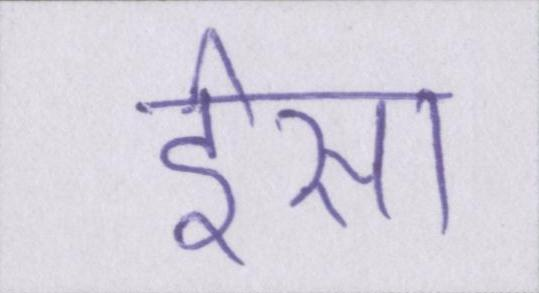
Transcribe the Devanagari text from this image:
ईसा